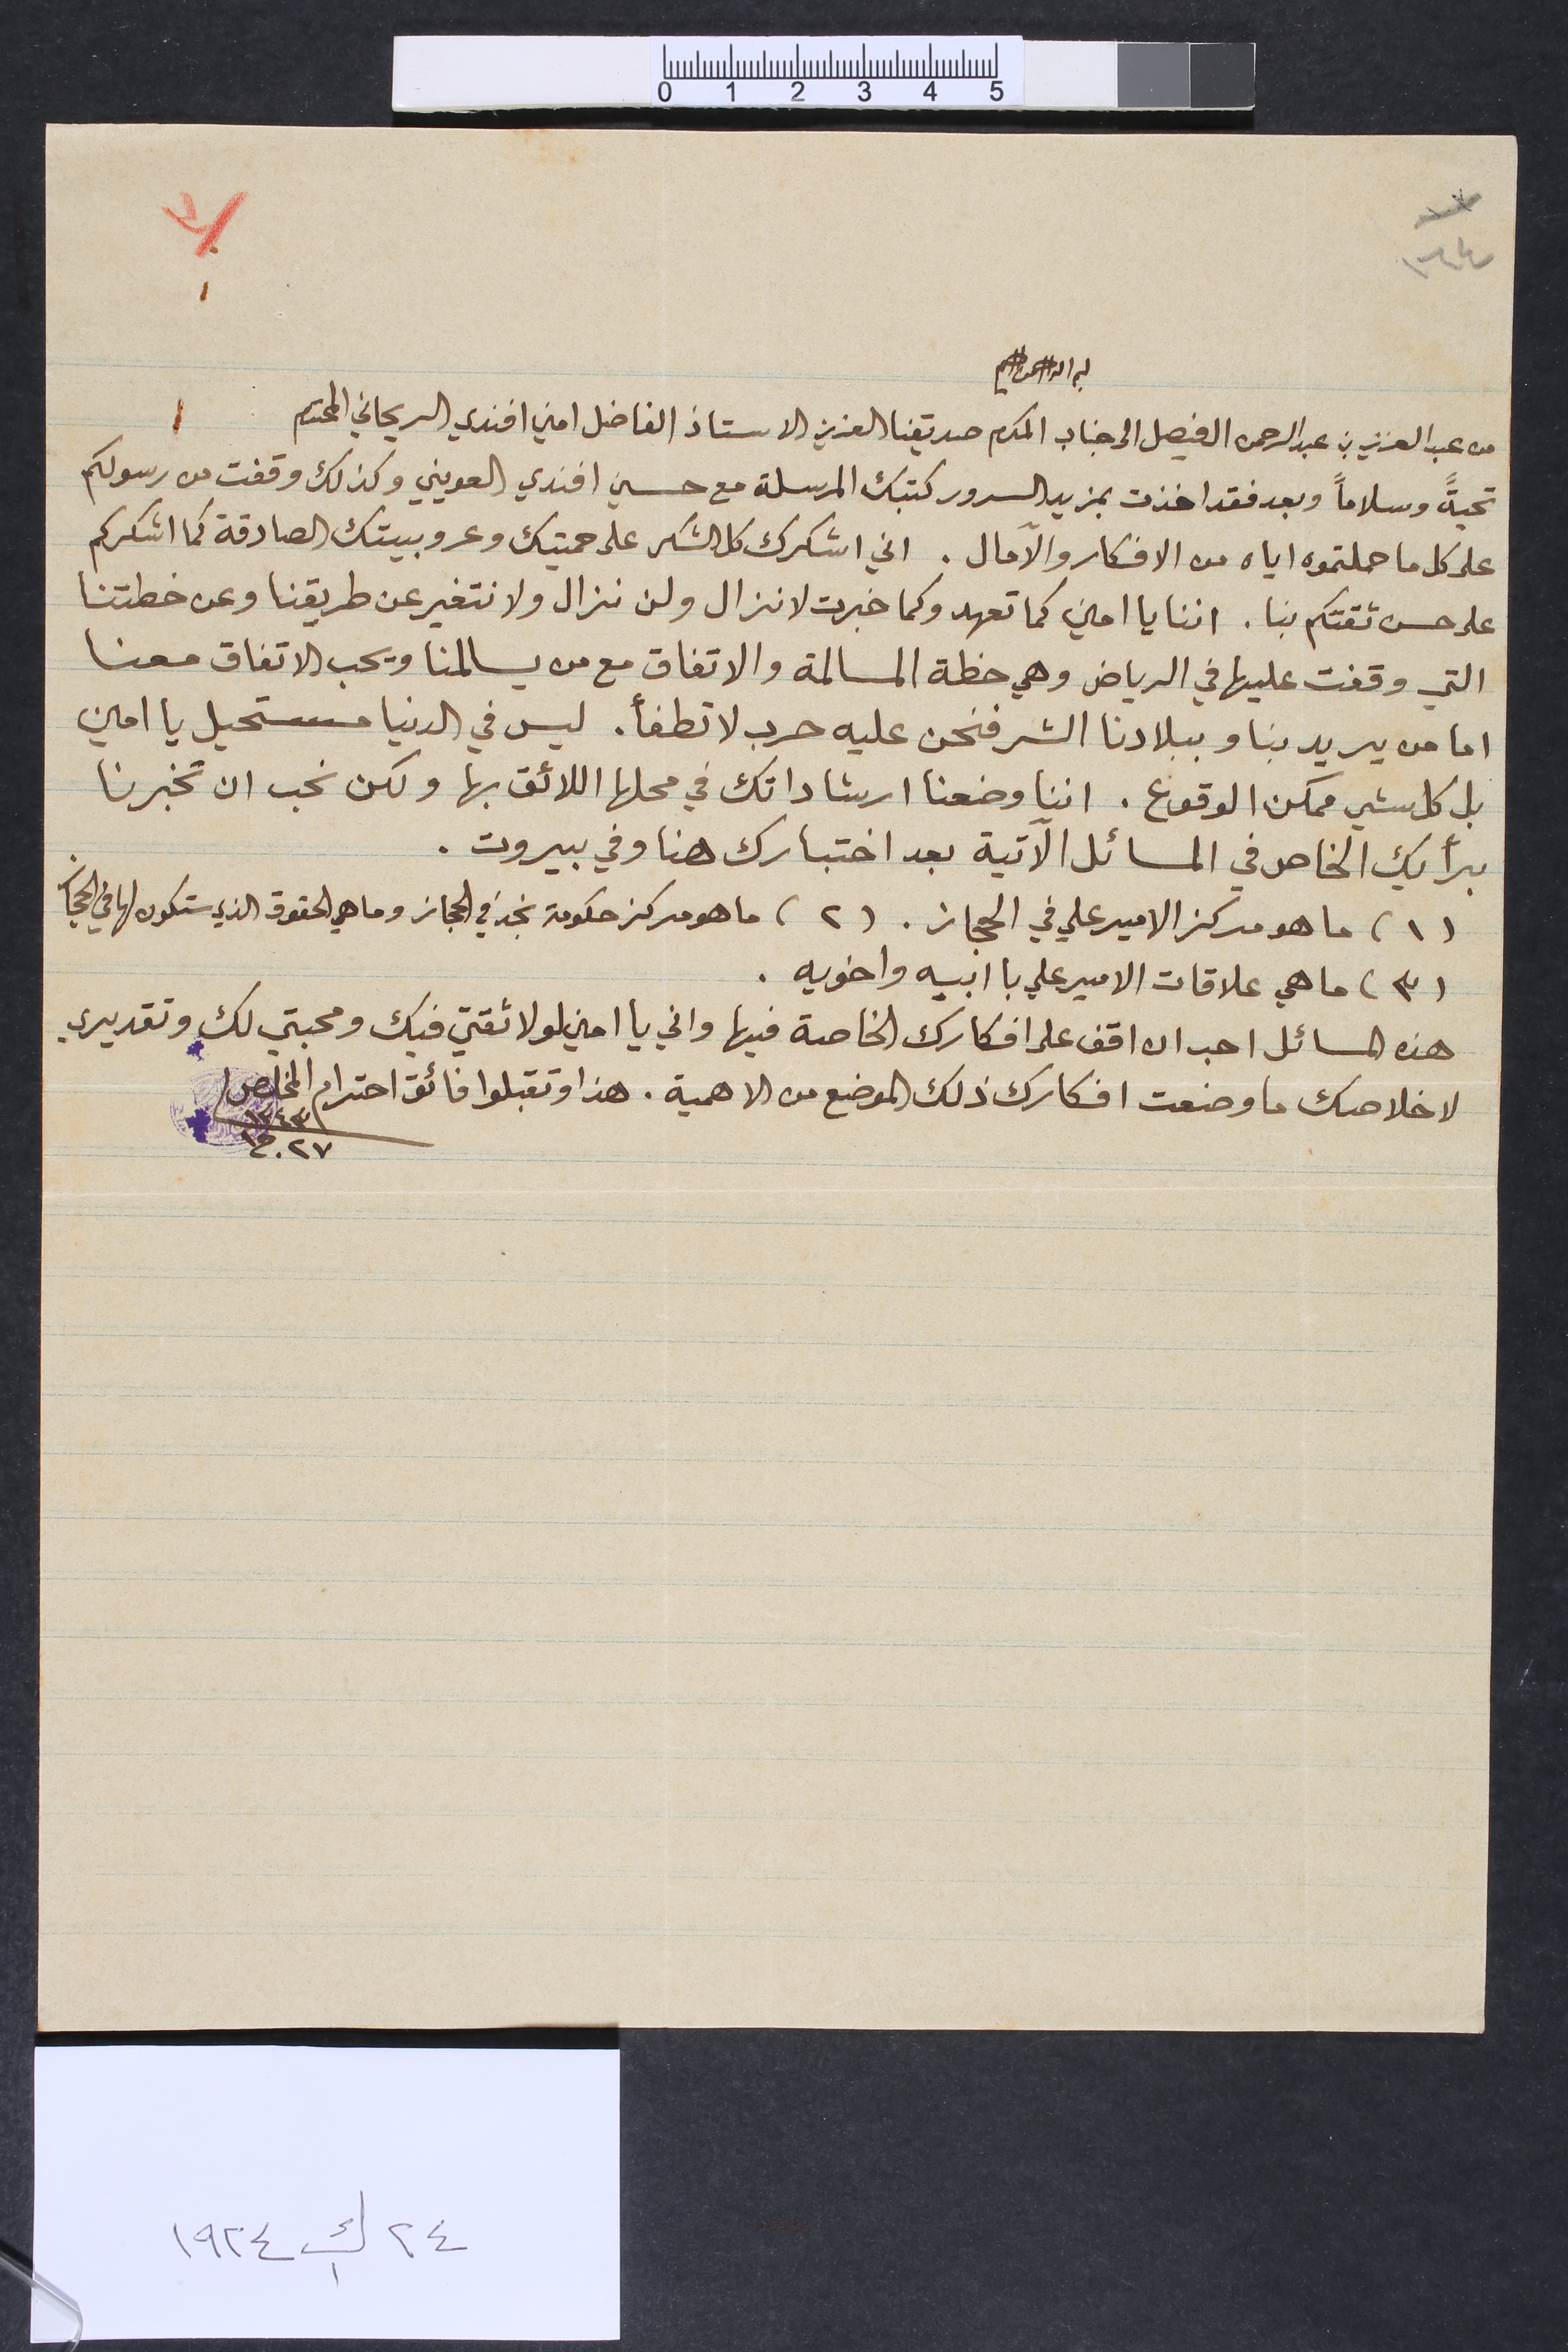
١٦٤				٣
بسم الله الرحمن الرحيم
من عبد العزيز بن عبد الرحمن الفيصل الى جناب المكرم صديقنا العزيز الاستاذ الفاضل امين افندي الريحاني المحترم
تحيةً وسلاماً وبعد فقد اخذت بمزيد السرور كتبك المرسلة مع حسين افندي العويني وكذلك وقفت من رسولكم
على كل ما حملتموه اياه من الافكار والآمال. اني اشكرك كل الشكر على حميتك وعروبيتك الصادقة كما اشكركم
على حسن ثقتكم بنا. اننا يا امين كما تعهد وكما خبرت لا نزال ولن نزال ولا نتغير عن طريقنا وعن خطتنا
التي وقفت عليها في الرياض وهي خطة المسالمة والاتفاق مع من يسالمنا ويحب الاتفاق معنا
اما من يريد بنا وببلادنا الشر فنحن عليه حرب لا تطفأ. ليس في الدنيا مستحيل يا امين
بل كل شي ممكن الوقوع. اننا وضعنا ارشاداتك في محلها اللائق بها ولكن نحب ان تخبرنا
برأيك الخاص في المسائل الآتية بعد اختبارك هنا وفي بيروت.
(١) ما هو مركز الامير علي في الحجاز. (٢) ما هو مركز حكومة نجد في الحجاز وما هي الحقوق الذي ستكون لها في الحجاز
(٣) ما هي علاقات الامير علي با ابيه واخويه.
هذه المسائل احب ان اقف على افكارك الخاصة فيها واني يا امين لولا ثقتي فيك ومحبتي لك وتقديري
لاخلاصك ما وضعت افكارك ذلك الموضع من الاهمية هذا وتقبلوا فائق احترام المخلص	١٣٤٣	٢٧ ج١
٢٤ ك١ ١٩٢٤